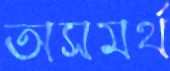
অসমর্থ